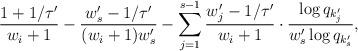
LaTeX: \begin{align*}\frac{1+1/\tau'}{w_{i}+1}- \frac{w'_{s}-1/\tau'}{(w_i +1)w'_s} - \sum_{j=1}^{s-1} \frac{w'_{j}-1/\tau'}{w_i +1} \cdot \frac{\log q_{k'_j} }{w'_s \log q_{k'_{s}} },\end{align*}